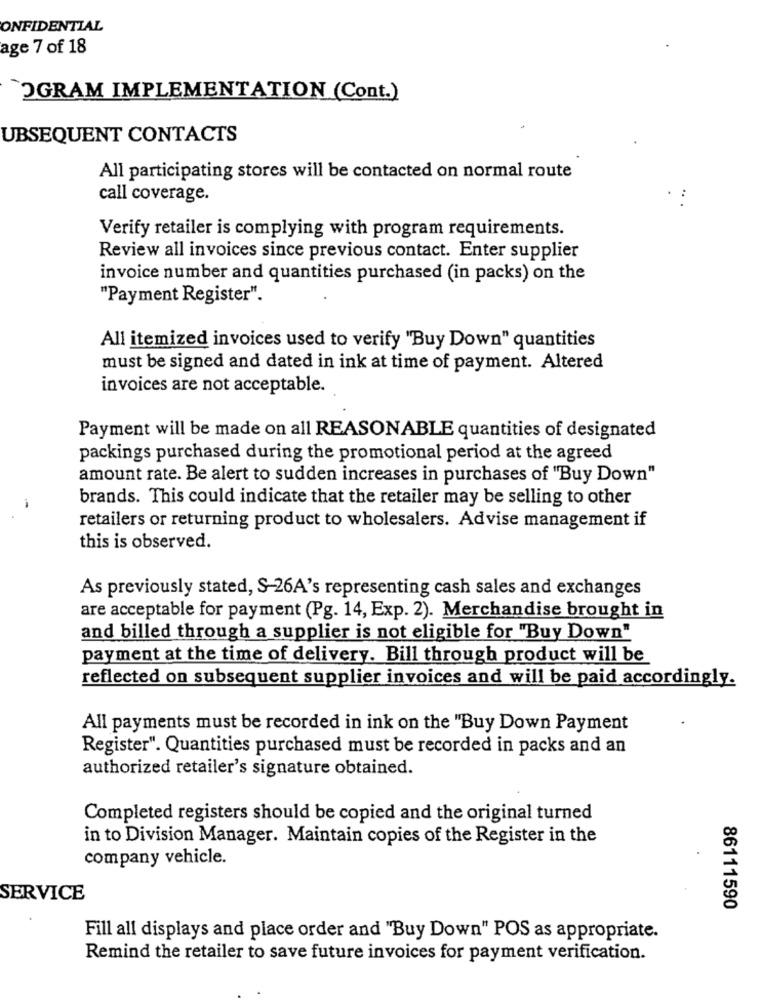
ONFIDENTIAL
age 7 of 18
OGRAM IMPLEMENTATION (Cont.)
UBSEQUENT CONTACTS
All participating stores will be contacted on normal route
call coverage.
Verify retailer is complying with program requirements.
Review all invoices since previous contact. Enter supplier
invoice number and quantities purchased (in packs) on the
"Payment Register".
All itemized invoices used to verify "Buy Down" quantities
must be signed and dated in ink at time of payment. Altered
invoices are not acceptable.
Payment will be made on all REASONABLE quantities of designated
packings purchased during the promotional period at the agreed
amount rate. Be alert to sudden increases in purchases of "Buy Down"
brands. This could indicate that the retailer may be selling to other
-
retailers or returning product to wholesalers. Advise management if
this is observed.
As previously stated, S-26A's representing cash sales and exchanges
are acceptable for payment (Pg. 14, Exp. 2). Merchandise brought in
and billed through a supplier is not eligible for "Buy Down"
payment at the time of delivery. Bill through product will be
reflected on subsequent supplier invoices and will be paid accordingly.
All payments must be recorded in ink on the "Buy Down Payment
Register". Quantities purchased must be recorded in packs and an
authorized retailer's signature obtained.
Completed registers should be copied and the original turned
in to Division Manager. Maintain copies of the Register in the
company vehicle.
SERVICE
86111590
Fill all displays and place order and "Buy Down" POS as appropriate.
Remind the retailer to save future invoices for payment verification.